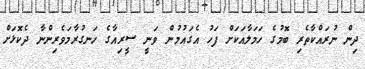
ދިން ނުރައްކާތެރި ބޮމުގެ ހަމަލާއަކަށް ފަހު އެގައުމުން ވަނީ ސީރިއާގެ ހަނގުރާމަވެރިންނާ ދެކޮޅަށް